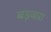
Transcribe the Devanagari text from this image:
बड़वारा